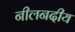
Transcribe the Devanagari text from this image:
नीलनदीय